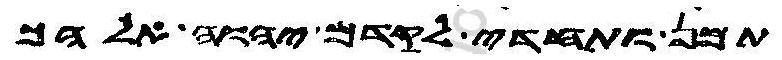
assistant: תמן ותחדי לקדם יהוה אלהך